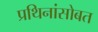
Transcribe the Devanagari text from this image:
प्रथिनांसोबत